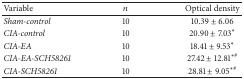
<table><thead><tr><td><b>Variable</b></td><td><b><i>n</i></b></td><td><b>Optical density </b></td></tr></thead><tbody><tr><td><i>Sham-control </i></td><td>10</td><td>10.39 ± 6.06</td></tr><tr><td><i>CIA-control </i></td><td>10</td><td>20.90 ± 7.03<sup>*</sup></td></tr><tr><td><i>CIA-EA </i></td><td>10</td><td>18.41 ± 9.53<sup>*</sup></td></tr><tr><td><i>CIA-EA-SCH58261 </i></td><td>10</td><td>27.42 ± 12.81<sup>∗#</sup></td></tr><tr><td><i>CIA-SCH58261 </i></td><td>10</td><td>28.81 ± 9.05<sup>∗#</sup></td></tr></tbody></table>